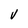
Character: V